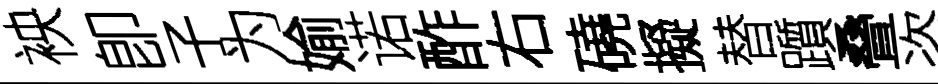
䘧卽子为媮诺酢右磽擬替躓叠咨